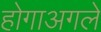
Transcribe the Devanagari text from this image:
होगाअगले